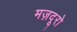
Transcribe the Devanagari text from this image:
मज़दूरो